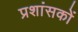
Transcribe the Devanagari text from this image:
प्रशांसकों